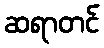
ဆရာတင်